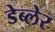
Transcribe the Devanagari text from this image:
डेब्लेर